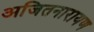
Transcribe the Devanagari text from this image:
अजितनारायण